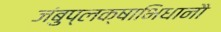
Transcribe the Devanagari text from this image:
जंबुप्लक्षाभिधानौ